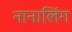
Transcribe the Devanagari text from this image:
नानालिंग